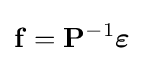
\mathbf {f} =\mathbf {P} ^{-1}{\boldsymbol {\varepsilon }}